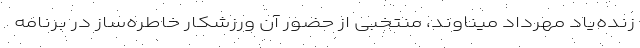
زنده‌یاد مهرداد میناوند، منتخبی از حضور آن ورزشکار خاطره‌ساز در برنامه